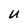
Character: U